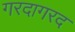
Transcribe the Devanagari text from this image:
गरदागरद